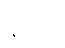
နှစ်ပေ